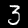
Label: 3